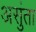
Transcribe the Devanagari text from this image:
असुंता